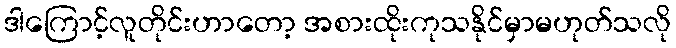
ဒါကြောင့်လူတိုင်းဟာတော့ အစားထိုးကုသနိုင်မှာမဟုတ်သလို